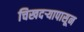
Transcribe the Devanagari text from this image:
चिखदऱ्यापासून